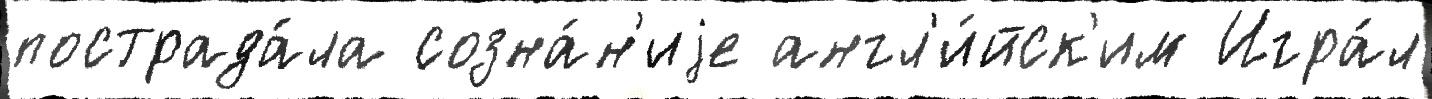
пострада́ла созна́н'иjе англ'и́йск'им Игра́л